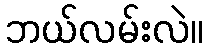
ဘယ်လမ်းလဲ။